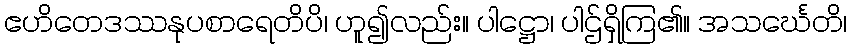
ဧဟိတေဒဿနုပစာရေတိပိ၊ ဟူ၍လည်း။ ပါဋ္ဌော၊ ပါဌ်ရှိကြ၏။ အသင်္ဃေတိ၊